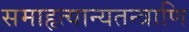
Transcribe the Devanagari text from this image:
समाहृत्यान्यतन्त्राणि